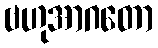
ဗဟုအာဂတော